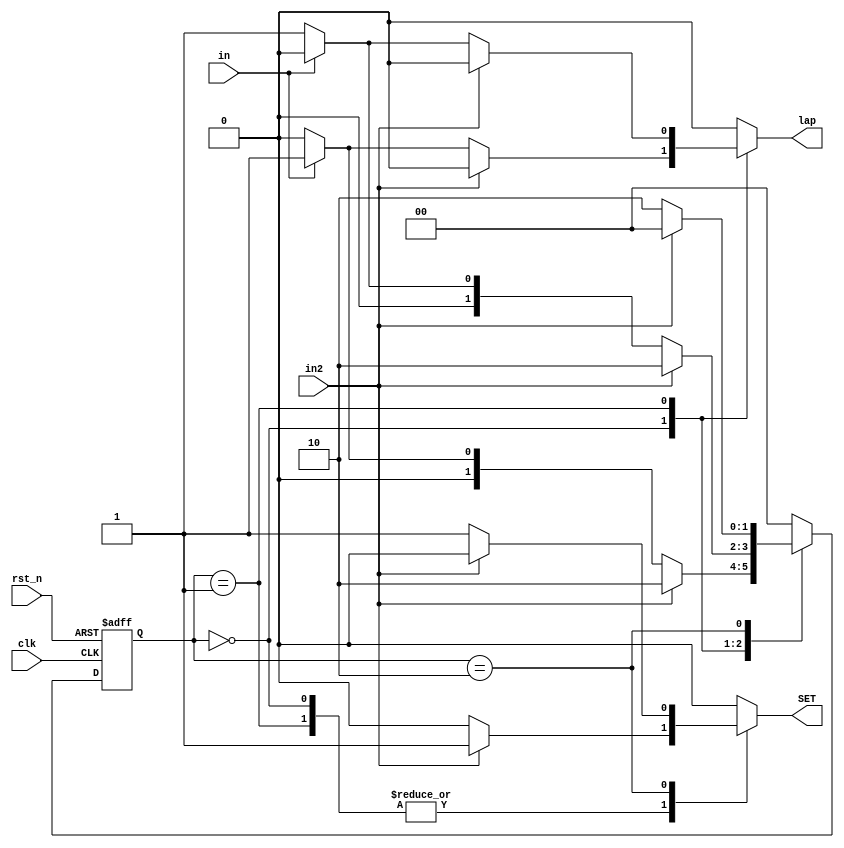
module FSM_lap_SET(in, rst_n, lap, in2, SET, clk);
    input in;
    input rst_n;
    input in2;
    input clk;
    output reg lap;
    output reg SET;
    reg [1:0]state;
    reg [1:0]next_state;
    
    always @*
        case (state)
            2'b00:
                if (in2) begin
                    next_state = 2'b10;
                    lap = 1'b0;
                    SET = 1'b1;
                end
                else if (in) begin
                    next_state = 2'b01;
                    lap = 1'b1;
                    SET = 1'b0;
                end
                else begin
                    next_state = 1'b0;
                    lap = 1'b0;
                    SET = 1'b0;
                end
            2'b01:
                if (in2) begin
                    next_state = 2'b10;
                    lap = 1'b0;
                    SET = 1'b1;
                end
                else if (in) begin
                    next_state = 2'b00;
                    lap = 1'b0;
                    SET = 1'b0;
                end
                else begin
                   next_state = 2'b01;
                   lap = 1'b1;
                   SET = 1'b0;
                end
            2'b10:
                if (in2) begin
                    next_state = 2'b00;
                    lap = 1'b0;
                    SET = 1'b0;
                end
                else begin
                    next_state = 2'b10;
                    lap = 1'b0;
                    SET = 1'b1;
                end
            default:
                begin
                    next_state = 1'b0;
                    lap = 1'b0;
                    SET = 1'b0;
                end
        endcase

        
    always@(posedge clk or negedge rst_n)
        if (~rst_n) state <= 2'b00;
        else state <= next_state;
         
endmodule